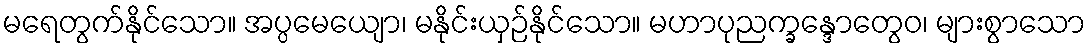
မရေတွက်နိုင်သော။ အပ္ပမေယျော၊ မနိုင်းယှဉ်နိုင်သော။ မဟာပုညက္ခန္ဒောတွေဝ၊ များစွာသော